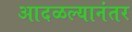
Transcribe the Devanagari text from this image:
आदळल्यानंतर